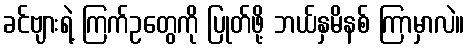
ခင်ဗျားရဲ့ ကြက်ဥတွေကို ပြုတ်ဖို့ ဘယ်နှမိနစ် ကြာမှာလဲ။